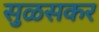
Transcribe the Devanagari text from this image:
सुळसकर